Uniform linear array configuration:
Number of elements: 8
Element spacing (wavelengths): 0.75
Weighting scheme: hann
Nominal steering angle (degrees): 30
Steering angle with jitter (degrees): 31.065
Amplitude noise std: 0.05
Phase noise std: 0.05

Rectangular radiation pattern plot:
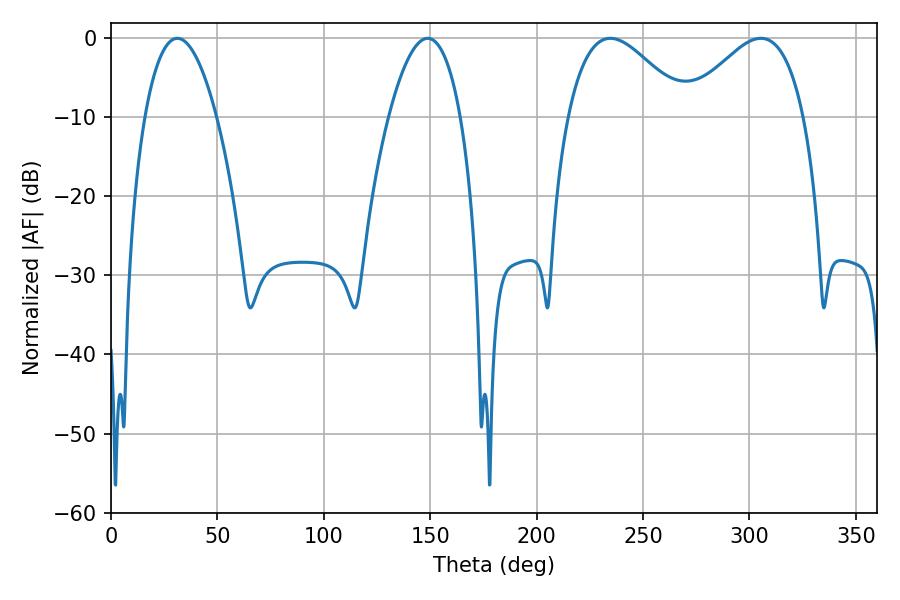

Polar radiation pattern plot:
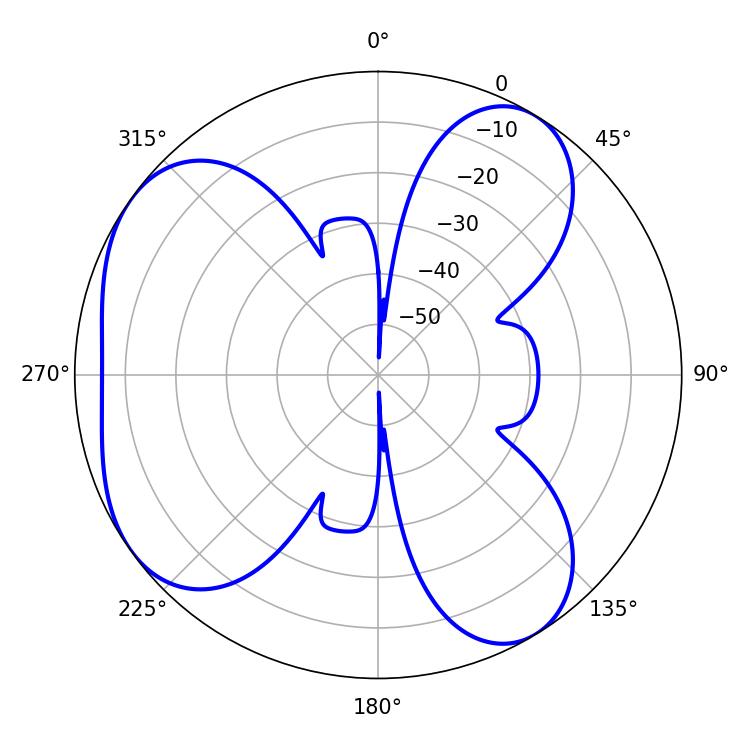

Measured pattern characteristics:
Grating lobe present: TRUE
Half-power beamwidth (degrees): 18.72
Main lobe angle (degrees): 31.14